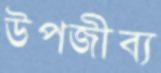
উপজীব্য